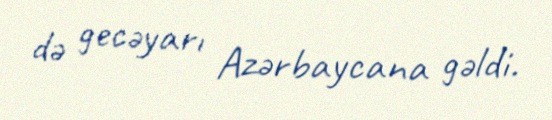
də gecəyarı Azərbaycana gəldi.